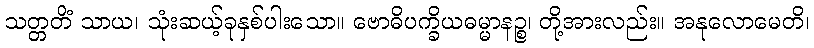
သတ္တတိံ သာယ၊ သုံးဆယ့်ခုနှစ်ပါးသော။ ဗောဓိပက္ခိယဓမ္မာနဉ္စ၊ တို့အားလည်း။ အနုလောမေတိ၊